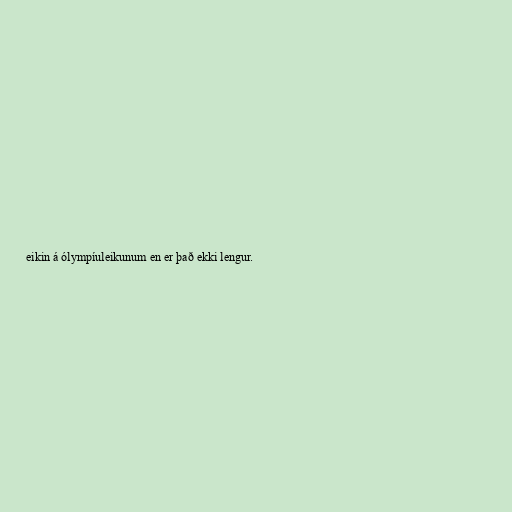
eikin á ólympíuleikunum en er það ekki lengur.